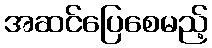
အဆင်ပြေစေမည့်